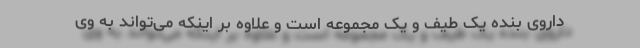
داروی بنده یک طیف و یک مجموعه است و علاوه بر اینکه می‌تواند به وی